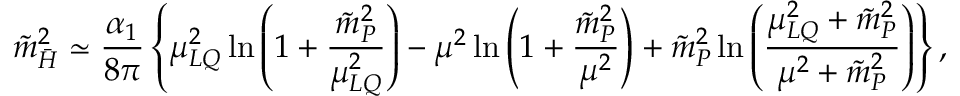
{ \tilde { m } } _ { \bar { H } } ^ { 2 } \simeq { \frac { \alpha _ { 1 } } { 8 \pi } } \left\{ \mu _ { L Q } ^ { 2 } \ln \left( 1 + { \frac { { \tilde { m } } _ { P } ^ { 2 } } { \mu _ { L Q } ^ { 2 } } } \right) - \mu ^ { 2 } \ln \left( 1 + { \frac { { \tilde { m } } _ { P } ^ { 2 } } { \mu ^ { 2 } } } \right) + { \tilde { m } } _ { P } ^ { 2 } \ln \left( { \frac { \mu _ { L Q } ^ { 2 } + { \tilde { m } } _ { P } ^ { 2 } } { \mu ^ { 2 } + { \tilde { m } } _ { P } ^ { 2 } } } \right) \right\} ,